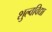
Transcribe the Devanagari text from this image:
शुल्वविद्या